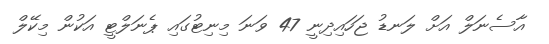
އާސެނަލް އަށް ލަނޑު ޖަހައިދިނީ 47 ވަނަ މިނިޓުގައި ޕެނަލްޓީ އަކުން މިކޭލް